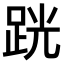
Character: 𫏈